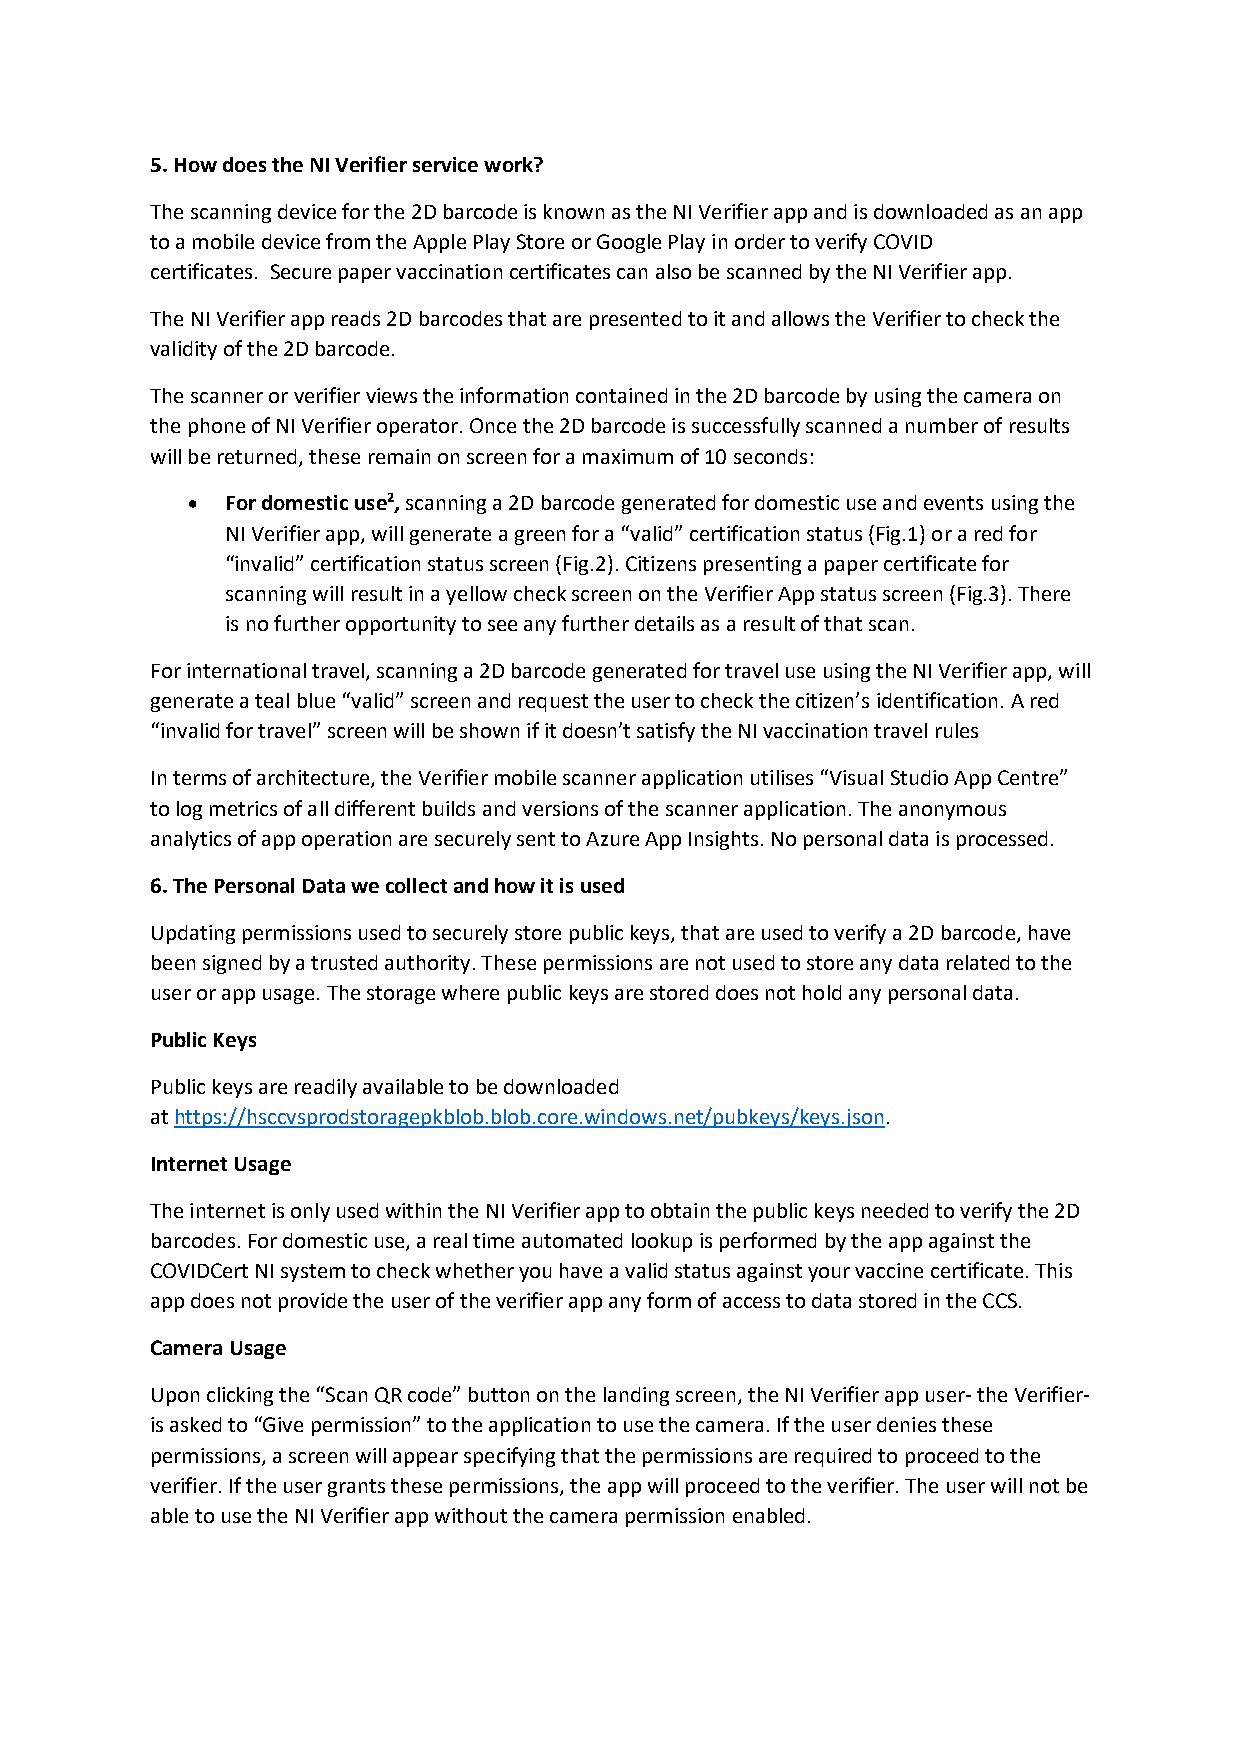
5. How does the NI Verifier service work?
 The scanning device for the 2D barcode is known as the NI Verifier app and is downloaded as an app
 to a mobile device from the Apple Play Store or Google Play in order to verify COVID
 certificates. Secure paper vaccination certificates can also be scanned by the NI Verifier app.
 The NI Verifier app reads 2D barcodes that are presented to it and allows the Verifier to check the
 validity of the 2D barcode.
 The scanner or verifier views the information contained in the 2D barcode by using the camera on
 the phone of NI Verifier operator. Once the 2D barcode is successfully scanned a number of results
 will be returned, these remain on screen for a maximum of 10 seconds:
   For domestic use2, scanning a 2D barcode generated for domestic use and events using the
 NI Verifier app, will generate a green for a “valid” certification status (Fig.1) or a red for
 “invalid” certification status screen (Fig.2). Citizens presenting a paper certificate for
 scanning will result in a yellow check screen on the Verifier App status screen (Fig.3). There
 is no further opportunity to see any further details as a result of that scan.
 For international travel, scanning a 2D barcode generated for travel use using the NI Verifier app, will
 generate a teal blue “valid” screen and request the user to check the citizen’s identification. A red
 “invalid for travel” screen will be shown if it doesn’t satisfy the NI vaccination travel rules
 In terms of architecture, the Verifier mobile scanner application utilises “Visual Studio App Centre”
 to log metrics of all different builds and versions of the scanner application. The anonymous
 analytics of app operation are securely sent to Azure App Insights. No personal data is processed.
 6. The Personal Data we collect and how it is used
 Updating permissions used to securely store public keys, that are used to verify a 2D barcode, have
 been signed by a trusted authority. These permissions are not used to store any data related to the
 user or app usage. The storage where public keys are stored does not hold any personal data.
 Public Keys
 Public keys are readily available to be downloaded
 at https://hsccvsprodstoragepkblob.blob.core.windows.net/pubkeys/keys.json.
 Internet Usage
 The internet is only used within the NI Verifier app to obtain the public keys needed to verify the 2D
 barcodes. For domestic use, a real time automated lookup is performed by the app against the
 COVIDCert NI system to check whether you have a valid status against your vaccine certificate. This
 app does not provide the user of the verifier app any form of access to data stored in the CCS.
 Camera Usage
 Upon clicking the “Scan QR code” button on the landing screen, the NI Verifier app user- the Verifier-
 is asked to “Give permission” to the application to use the camera. If the user denies these
 permissions, a screen will appear specifying that the permissions are required to proceed to the
 verifier. If the user grants these permissions, the app will proceed to the verifier. The user will not be
 able to use the NI Verifier app without the camera permission enabled.